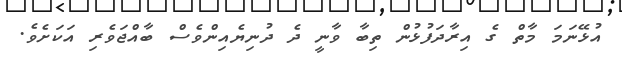
އުޅޭނަމަ މާތް ގެ އިރާދަފުޅުން ތިބާ ވާނީ ދެ ދުނިޔެއިންވެސް ބާއްޖަވެރި އަކަށެވެ.